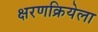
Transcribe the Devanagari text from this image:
क्षरणक्रियेला